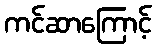
ကင်ဆာကြောင့်